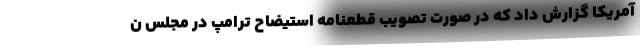
آمریکا گزارش داد که در صورت تصویب قطعنامه استیضاح ترامپ در مجلس ن